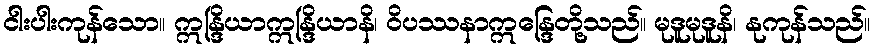
ငါးပါးကုန်သော။ ဣန္ဒြိယာဣန္ဒြိယာနိ၊ ဝိပဿနာဣန္ဒြေတို့သည်။ မုဒူမုဒူနိ၊ နုကုန်သည်။